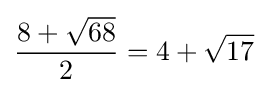
{\frac {8+{\sqrt {68}}}{2}}=4+{\sqrt {17}}